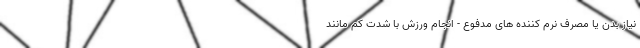
نیاز بدن یا مصرف نرم کننده های مدفوع - انجام ورزش با شدت کم مانند